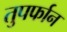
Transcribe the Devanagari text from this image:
तुपर्फान